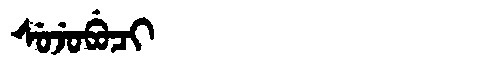
Manchu: ᠰᡠᠵᡠᠪᡠᠴᡳ
Romanization: SUJUBUCI